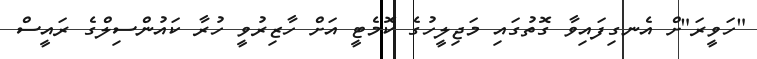
"ހަވީރަ"ށް އެނގިފައިވާ ގޮތުގައި މަޖިލީހުގެ ކޮމެޓީ އަށް ހާޒިރުވީ ހުރާ ކައުންސިލްގެ ރައީސް